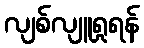
လျစ်လျူရှုရန်